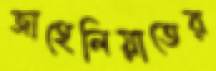
জাহেলিয়াতের